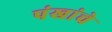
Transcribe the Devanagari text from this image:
पंखांचे